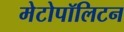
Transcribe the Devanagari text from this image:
मेटोपॉलिटन